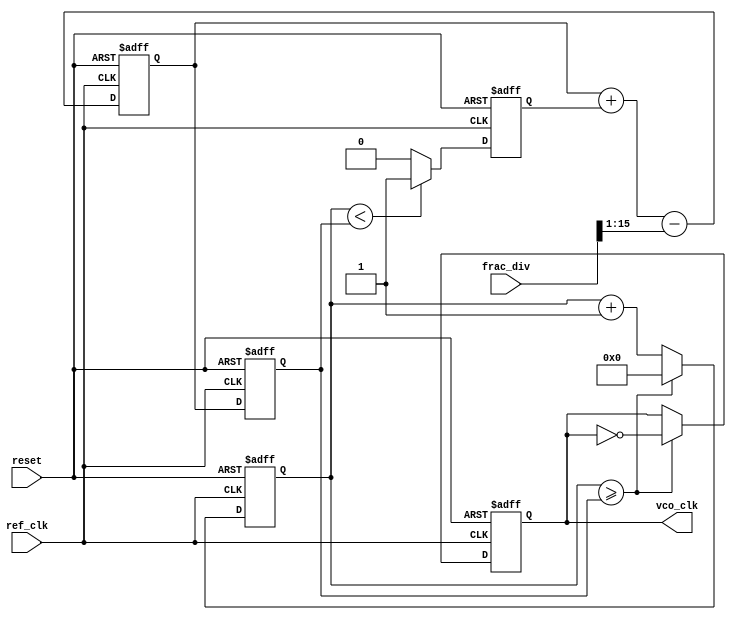
module fractional_PLL (
    input wire ref_clk,           // Reference clock input
    input wire reset,             // Reset signal
    input wire [15:0] frac_div,   // Fractional division ratio
    output reg vco_clk            // VCO output clock
);

// Internal signals
reg [31:0] counter;              // Counter for clock division
reg [31:0] vco_freq;             // VCO frequency control
reg [31:0] error_signal;         // Error signal from phase detector
reg [31:0] control_voltage;      // Control voltage for VCO
reg phase_detector_out;          // Output of phase detector

// Phase Detector
always @(posedge ref_clk or posedge reset) begin
    if (reset) begin
        phase_detector_out <= 0;
    end else begin
        // Simple phase comparison logic (for demonstration)
        if (counter < vco_freq) begin
            phase_detector_out <= 1; // Reference clock leads
        end else begin
            phase_detector_out <= 0; // Feedback clock leads
        end
    end
end

// Loop Filter (Simple Integrator)
always @(posedge ref_clk or posedge reset) begin
    if (reset) begin
        control_voltage <= 0;
    end else begin
        // Simple loop filter logic (integrator)
        control_voltage <= control_voltage + phase_detector_out - (frac_div >> 1);
    end
end

// VCO (Voltage-Controlled Oscillator)
always @(posedge ref_clk or posedge reset) begin
    if (reset) begin
        vco_freq <= 32'd100; // Initial VCO frequency
        counter <= 0;
        vco_clk <= 0;
    end else begin
        // Adjust VCO frequency based on control voltage
        vco_freq <= control_voltage; // Update VCO frequency
        counter <= counter + 1;

        // Generate VCO clock signal based on frequency
        if (counter >= vco_freq) begin
            vco_clk <= ~vco_clk; // Toggle VCO clock
            counter <= 0; // Reset counter
        end
    end
end

// Feedback Path (for demonstration purposes)
always @(posedge vco_clk or posedge reset) begin
    if (reset) begin
        // Reset logic if needed
    end else begin
        // Feedback logic can be implemented here
    end
end

endmodule